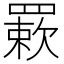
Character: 𦌊